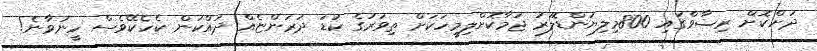
ދަށްކޮށް ރިޟާވްގައި 800މިލިޔަންޑޮލަރު ޖަމާކޮށްލިމީހަކަށް ތިވަރުގެ ކުޑަ ދަރަންޏެއް ދައްކަން ކެހެކޭވެސް ހީނުވާނެ!